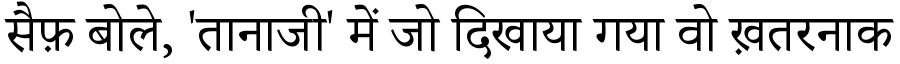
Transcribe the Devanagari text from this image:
सैफ़ बोले, 'तानाजी' में जो दिखाया गया वो ख़तरनाक